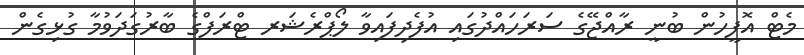
މެޓް އޮފީހުން ބުނީ ރާއްޖޭގެ ސަރަހައްދުގައި އުފެދިފައިވާ ލޯޕްރެޝަރ ޓްރަފްގެ ބާރުގަދަވުމާ ގުޅިގެން